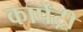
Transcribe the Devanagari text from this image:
कार्पेंट्री